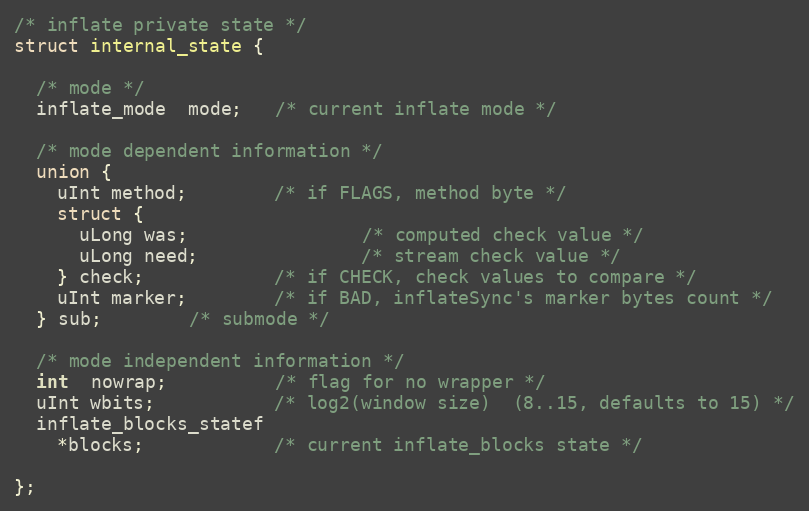
Language: C
/* inflate private state */
struct internal_state {

  /* mode */
  inflate_mode  mode;   /* current inflate mode */

  /* mode dependent information */
  union {
    uInt method;        /* if FLAGS, method byte */
    struct {
      uLong was;                /* computed check value */
      uLong need;               /* stream check value */
    } check;            /* if CHECK, check values to compare */
    uInt marker;        /* if BAD, inflateSync's marker bytes count */
  } sub;        /* submode */

  /* mode independent information */
  int  nowrap;          /* flag for no wrapper */
  uInt wbits;           /* log2(window size)  (8..15, defaults to 15) */
  inflate_blocks_statef
    *blocks;            /* current inflate_blocks state */

};